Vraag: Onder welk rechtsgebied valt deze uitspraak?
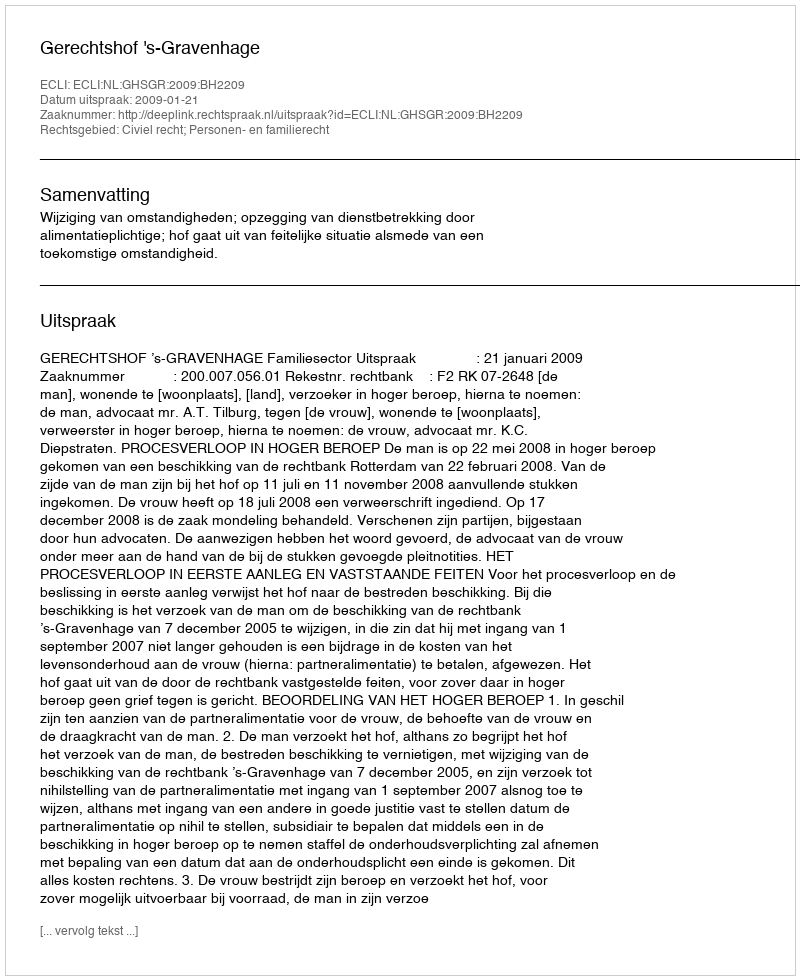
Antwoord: Civiel recht; Personen- en familierecht